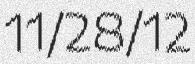
11/28/12